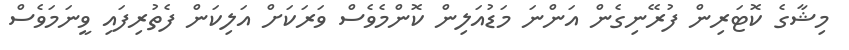
މިޝާގެ ކޮޓަރިން ފުރޭނިގެން އަންނަ މަޑުއަލިން ކޮންމެވެސް ވަރަކަށް އަލިކަން ފެތުރިފައި ވީނަމަވެސް